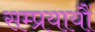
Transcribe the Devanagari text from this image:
सम्प्रयायौं